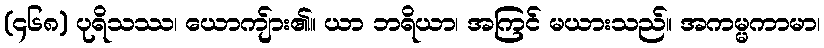
(၄၆၈) ပုရိသဿ၊ ယောကျ်ား၏။ ယာ ဘရိယာ၊ အကြင် မယားသည်။ အကမ္မကာမာ၊